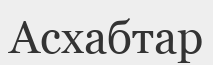
Асхабтар